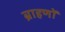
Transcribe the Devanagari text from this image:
ब्राहणों